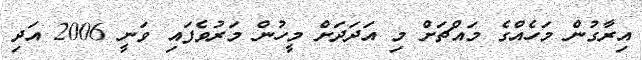
އިރާގުން މަހެއްގެ މައްޗަށް މި އަދަދަށް މީހުން މަރުވެފައި ވަނީ 2006 އަދި